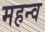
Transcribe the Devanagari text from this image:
महन्व